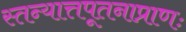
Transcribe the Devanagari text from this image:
स्तन्यात्तपूतनाप्राणः